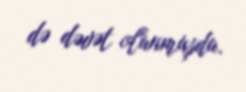
də dəvət olunmuşdu.